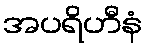
အပရိဟီနံ